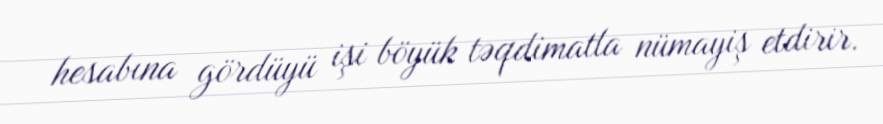
hesabına gördüyü işi böyük təqdimatla nümayiş etdirir.